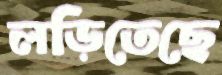
লড়িতেছে